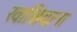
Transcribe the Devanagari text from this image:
खासियाना